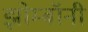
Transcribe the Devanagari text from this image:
झोम्बॉनी